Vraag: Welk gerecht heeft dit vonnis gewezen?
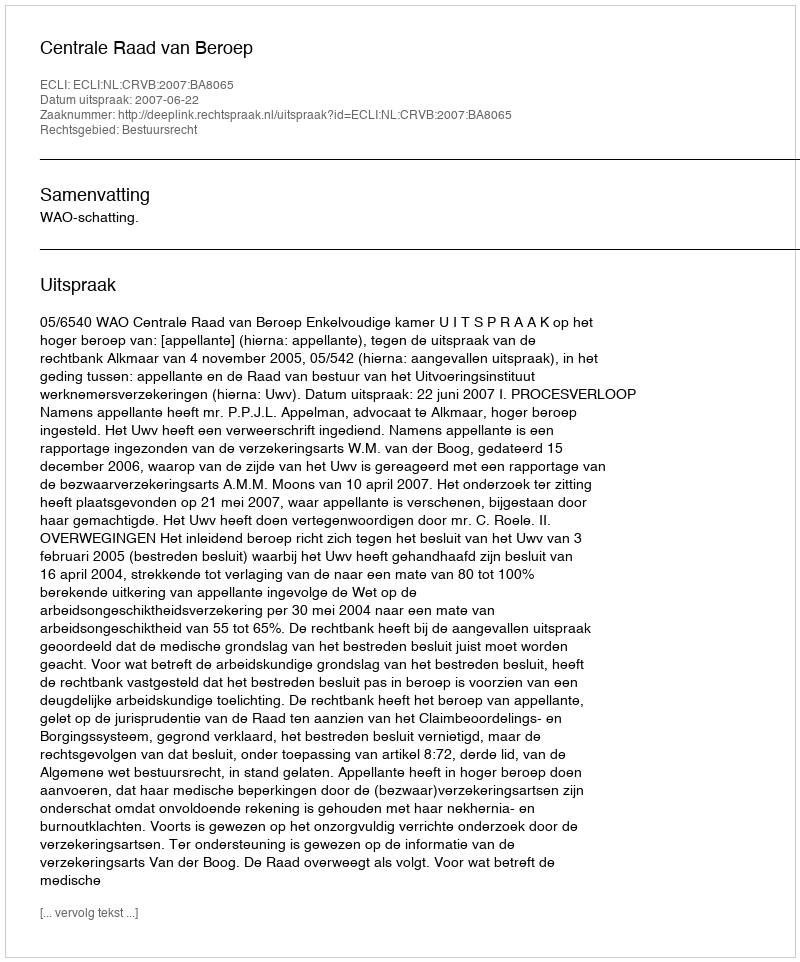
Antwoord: Centrale Raad van Beroep